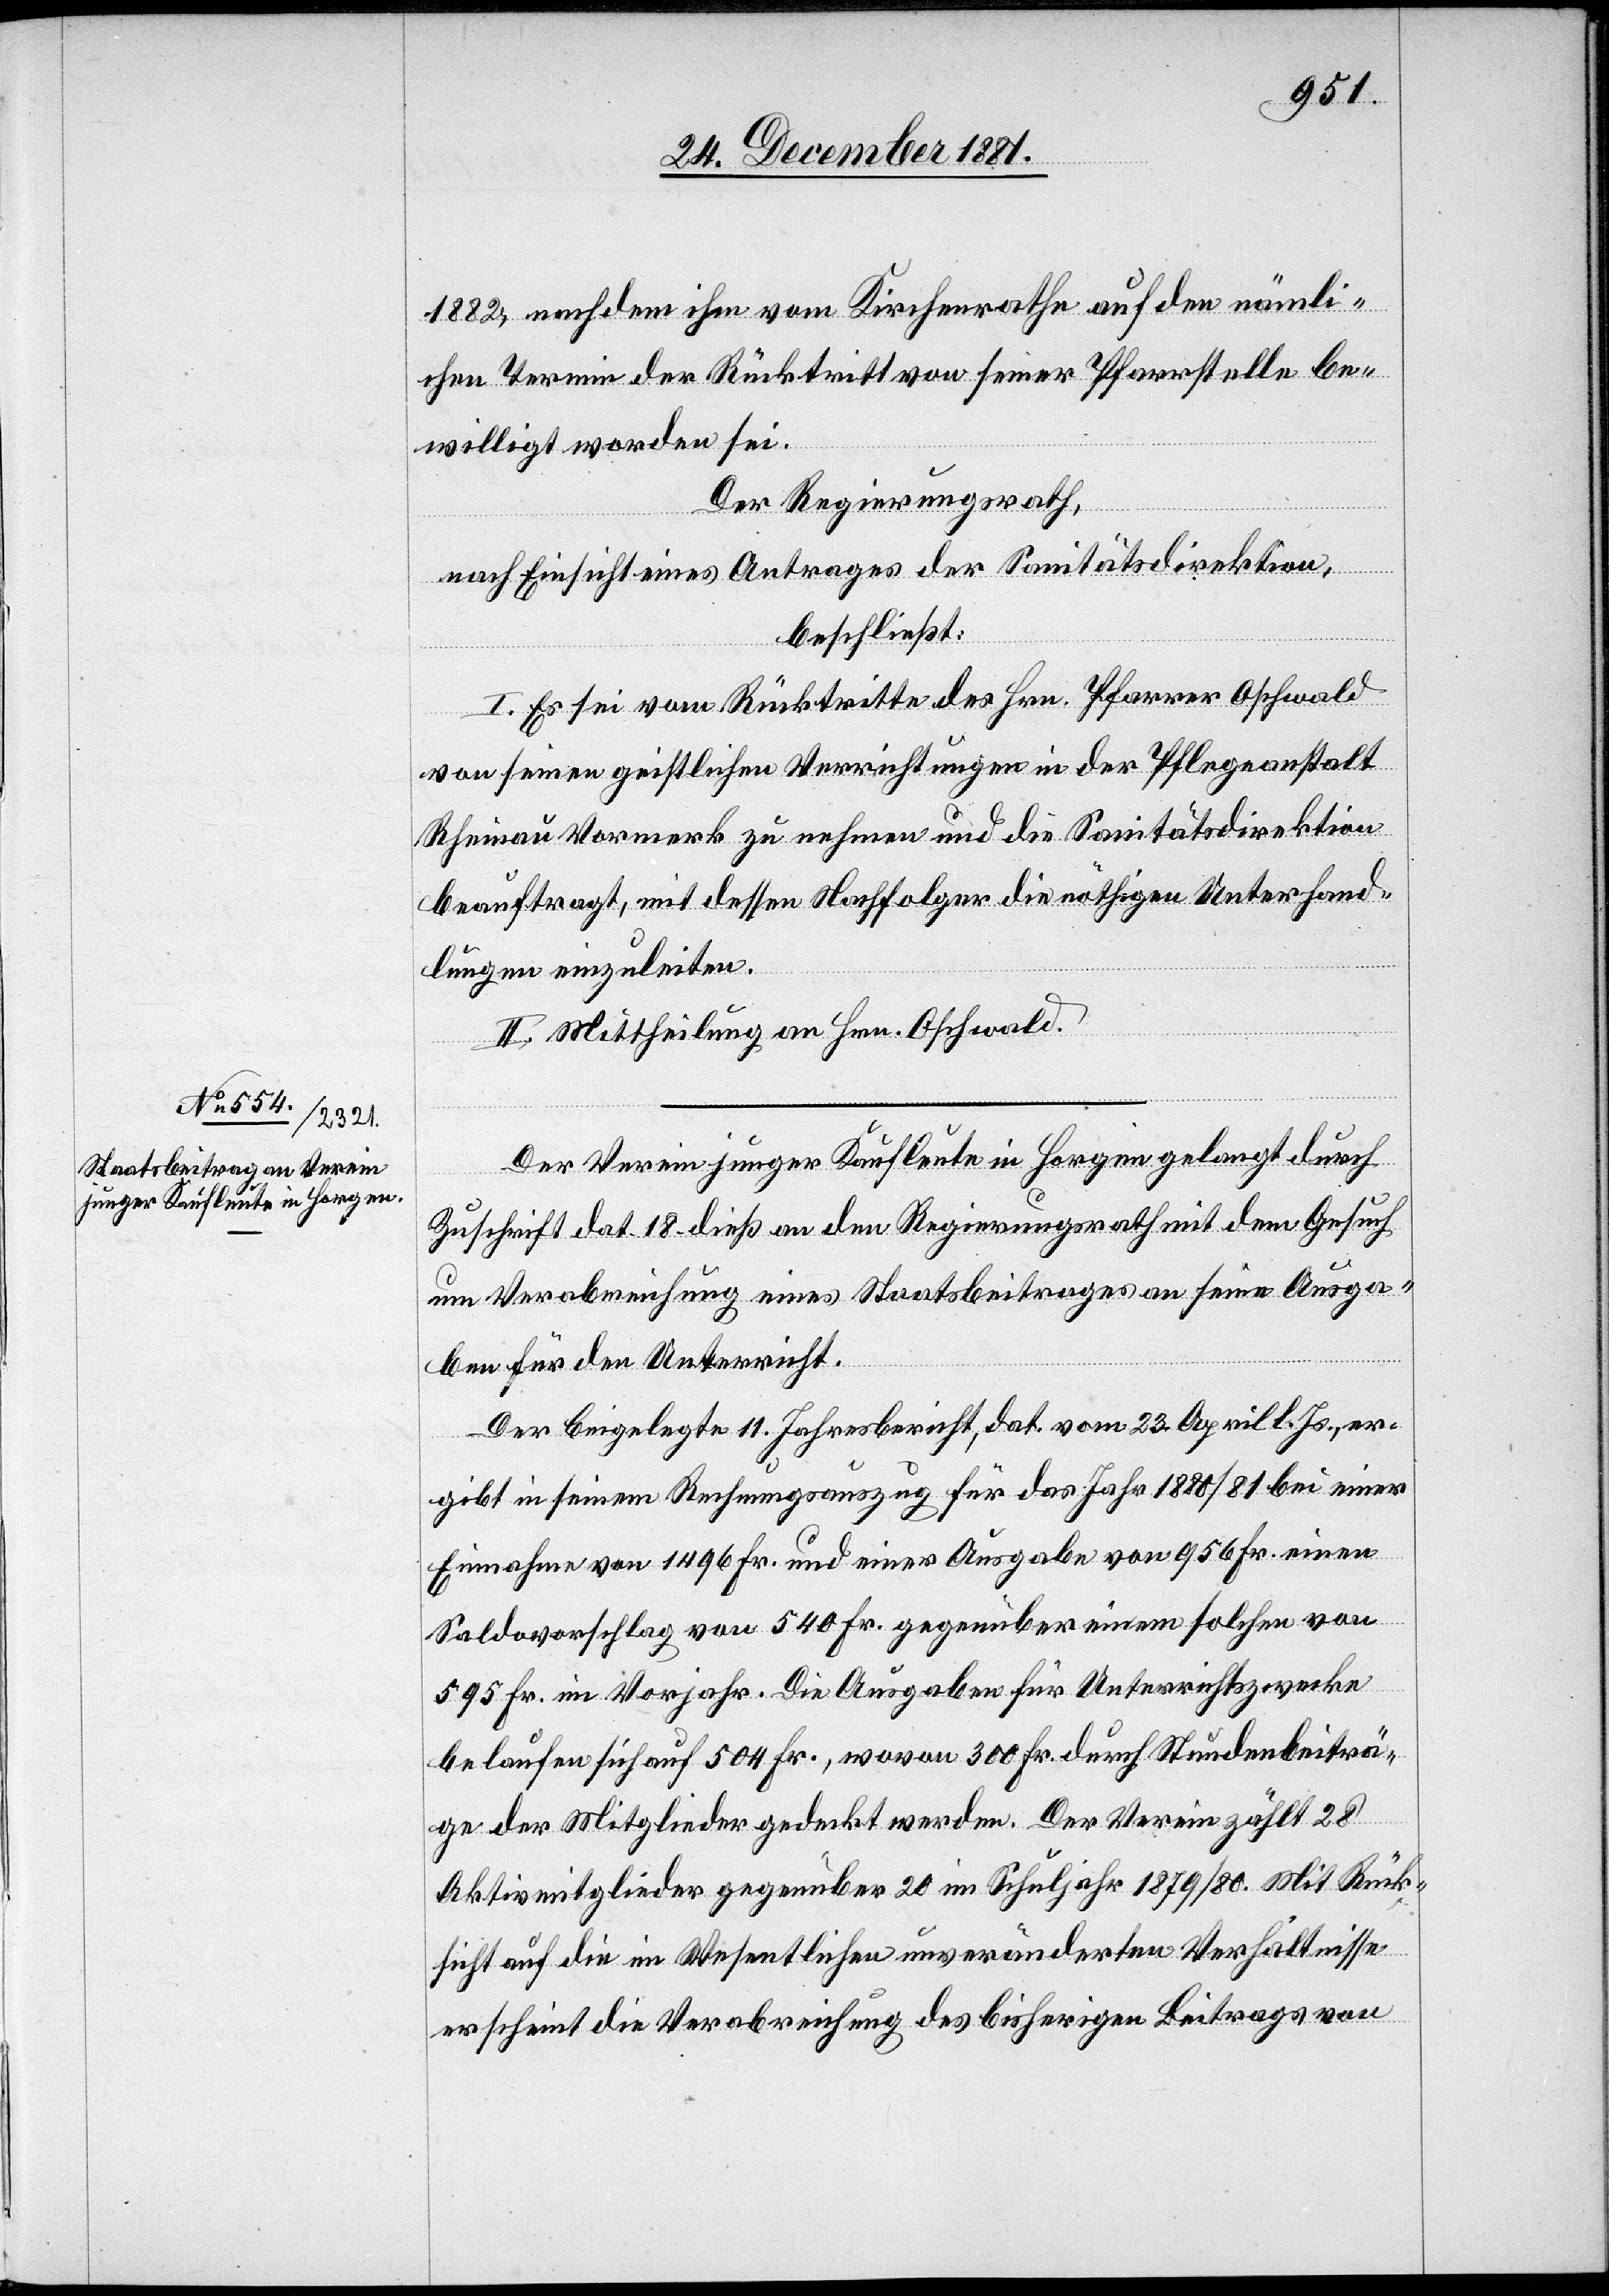
1882, nachdem ihm vom Kirchenrathe auf den nämli¬
chen Termin der Rücktritt seiner Pfarrstelle be¬
willigt worden sei.
Der Regierungsrath,
nach Einsicht eines Antrages der Sanitätsdirektion,
beschließt:
I. Es sei vom Rücktritte des Hrn. Pfarrer Oschwald
von seinen geistlichen Verrichtungen in der Pflegeanstalt
Rheinau Vormerk zu nehmen und die Sanitätsdirektion
beauftragt, mit dessen Nachfolger die nöthige Unterhand¬
lungen einzuleiten.
II. Mittheilung an Hrn. Oschwald.
Der Verein junger Kaufleute in Horgen gelangt durch
Zuschrift dat. 18. dieß an den Regierungsrath mit dem Gesuch
um Verabreichung eines Staatsbeitrages an seine Ausga¬
ben für den Unterricht.
Der beigelegte 11. Jahresbericht, dat. vom 23. April . Js., er¬
gibt in seinem Rechnungsauszug für das Jahr 1881/81 bei einer
Einnahme von 1496 Fr. und einer Ausgabe von 956 Fr. einen
Saldovorschlag von 540 Fr. gegenüber einem solchen von
595 Fr. im Vorjahr. Die Ausgaben für Unterrichtszwecke
belaufen sich auf 504 Fr., wovon 300 Fr. durch Stundenbeiträ¬
ge der Mitglieder gedeckt werden. Der Verein zählt 28
Aktivmitglieder gegenüber 20 im Schuljahr 1879/80. Mit Rück¬
sicht auf die im Wesentlichen unveränderten Verhältnisse
erscheint die Verabfolgung des bisherigen Beitrages von